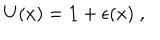
U ( x ) = { \bf 1 } + \epsilon ( x ) \; ,